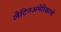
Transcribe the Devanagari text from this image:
लैटिनअमेरिकानो